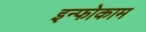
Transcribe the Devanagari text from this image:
इन्फोकाम